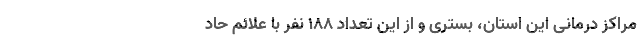
مراکز درمانی این استان، بستری و از این تعداد ۱۸۸ نفر با علائم حاد